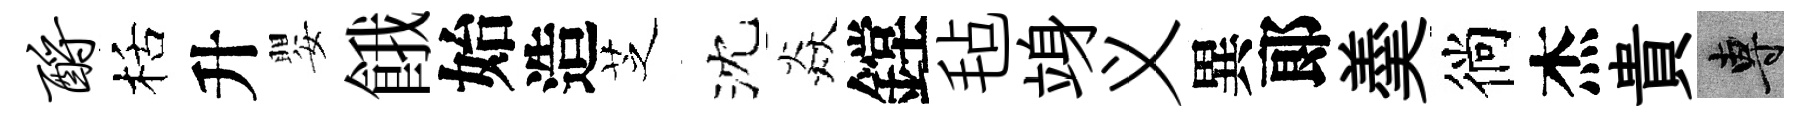
酹栝升嬰餓始造芝沈焱鏜毡竧义異郞羮徜杰貴專